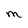
Character: M